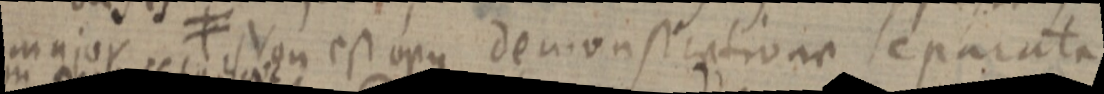
major ≠ Von est opus demonstratione separata